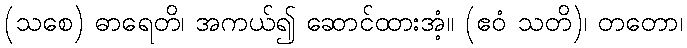
(သစေ) ဓာရေတိ၊ အကယ်၍ ဆောင်ထားအံ့။ (ဧဝံ သတိ)၊ တတော၊